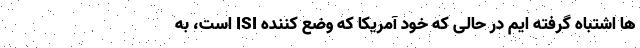
ها اشتباه گرفته ایم در حالی که خود آمریکا که وضع کننده ISI است، به